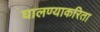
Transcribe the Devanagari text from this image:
घालण्याकरिता